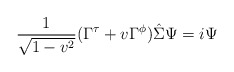
\begin{align*}{1\over\sqrt{1-v^2}}(\Gamma^{\tau}+v\Gamma^{\phi})\hat{\Sigma}\Psi=i\Psi\end{align*}